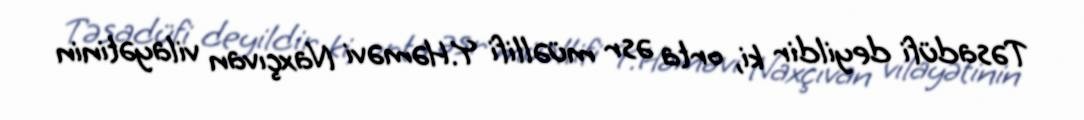
Təsadüfi deyildir ki, orta əsr müəllifi Y.Həməvi Naxçıvan vilayətinin